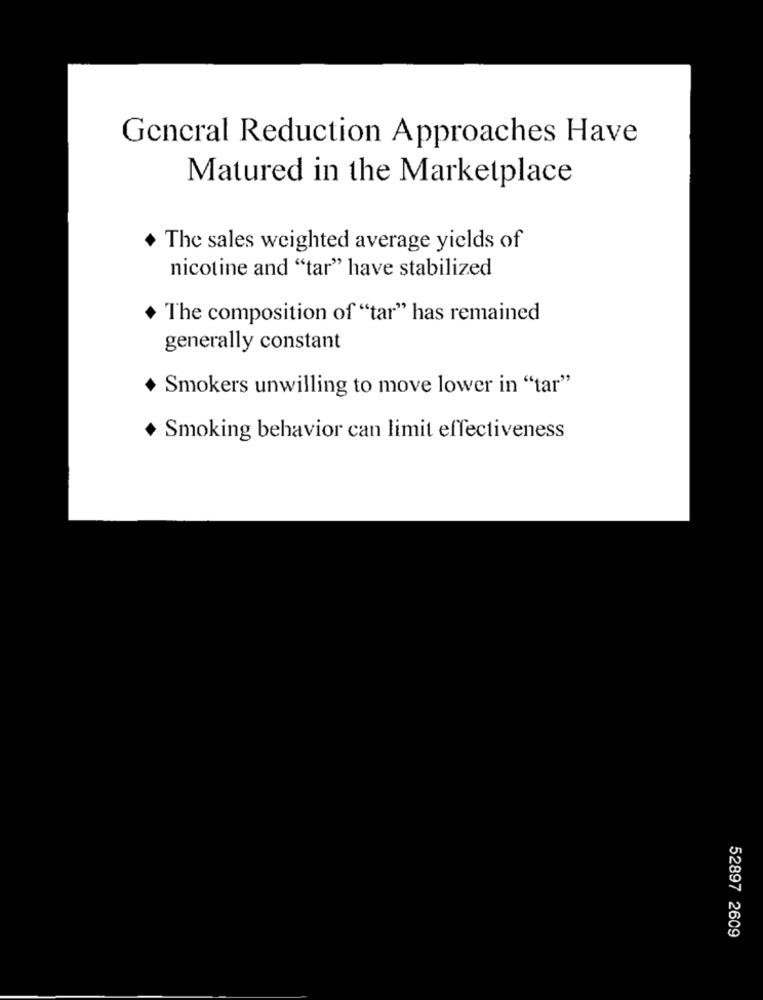
General Reduction Approaches Have
Matured in the Marketplace
The sales weighted average yields of
nicotine and "tar" have stabilized
The composition of "tar" has remained
generally constant
Smokers unwilling to move lower in "tar"
Smoking behavior can limit effectiveness
52897 2609